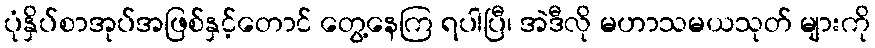
ပုံနှိပ်စာအုပ်အဖြစ်နှင့်တောင် တွေ့နေကြ ရပါပြီ၊ အဲဒီလို မဟာသမယသုတ် များကို